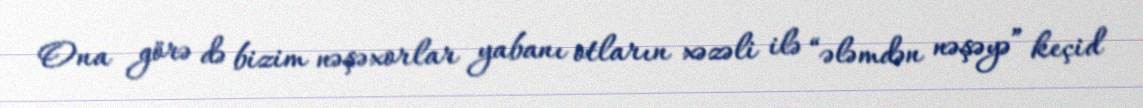
Ona görə də bizim nəşəxorlar yabanı otların xəzəli ilə “ələmdən nəşəyə” keçid